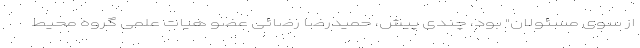
از سوی مسئولان" بود، چندی پیش، حمیدرضا رضائی عضو هیات علمی گروه محیط